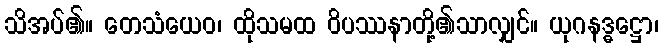
သိအပ်၏။ တေသံယေဝ၊ ထိုသမထ ဝိပဿနာတို့၏သာလျှင်။ ယုဂနဒ္ဓဋ္ဌော၊